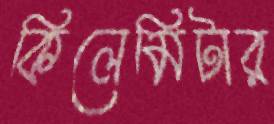
কিলেমিটার